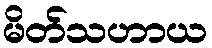
မိတ်သဟာယ